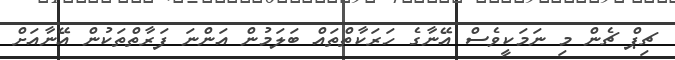
ޗިޕް ޗެން މި ނަމަކީވެސް އޭނާގެ ހަރަކާތްތައް ބަލަމުން އަންނަ ފަރާތްތަކުން އޭނާއަށް